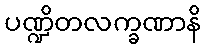
ပဏ္ဍိတလက္ခဏာနိ